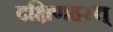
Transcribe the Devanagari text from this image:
दक्षिणहस्त्